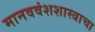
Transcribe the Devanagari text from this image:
मानववंशशास्त्राचा